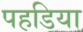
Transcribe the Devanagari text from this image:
पहडिया